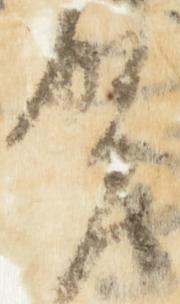
賀